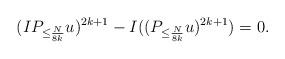
LaTeX: \begin{align*} (I P_{\leq \frac{N}{8k}} u)^{2k + 1} - I((P_{\leq \frac{N}{8k}} u)^{2k + 1}) = 0.\end{align*}